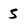
Character: s